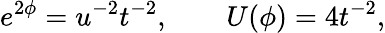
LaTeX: e^{2\phi}=u^{-2}t^{-2},\qquad U(\phi)=4t^{-2},